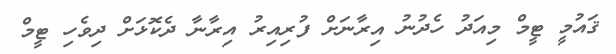
ޤައުމީ ޓީމް މިއަދު ހެދުނު އިރާނަށް ފުރިއިރު އިރާނާ ދެކޮޅަށް ދިވެހި ޓީމް